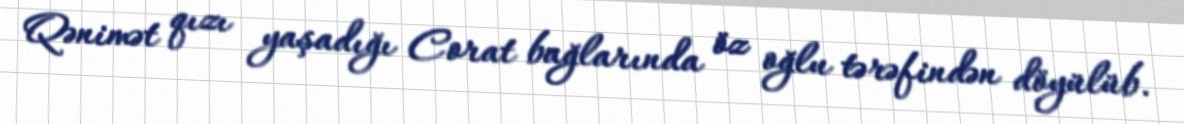
Qənimət qızı yaşadığı Corat bağlarında öz oğlu tərəfindən döyülüb.